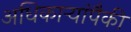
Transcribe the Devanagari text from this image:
अधिकार्‍यांपैकी